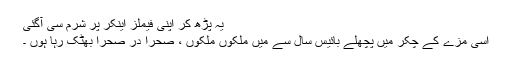
یہ پڑھ کر اپنی فیملز اینکر پر شرم سی آگئی
اسی مزے کے چکر میں پچھلے بائیس سال سے میں ملکوں ملکوں ، صحرا در صحرا بھٹک رہا ہوں ۔